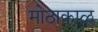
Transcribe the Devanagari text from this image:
मोठाकाळ